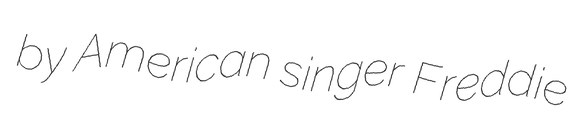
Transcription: by American singer Freddie